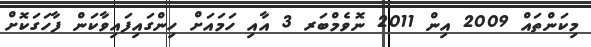
މިކަންތައް 2009 އިން 2011 ނޮވެމްބަރ 3 އާއި ހަމައަށް ހިންގައިފައިވާކަން ފާހަގަކޮށް